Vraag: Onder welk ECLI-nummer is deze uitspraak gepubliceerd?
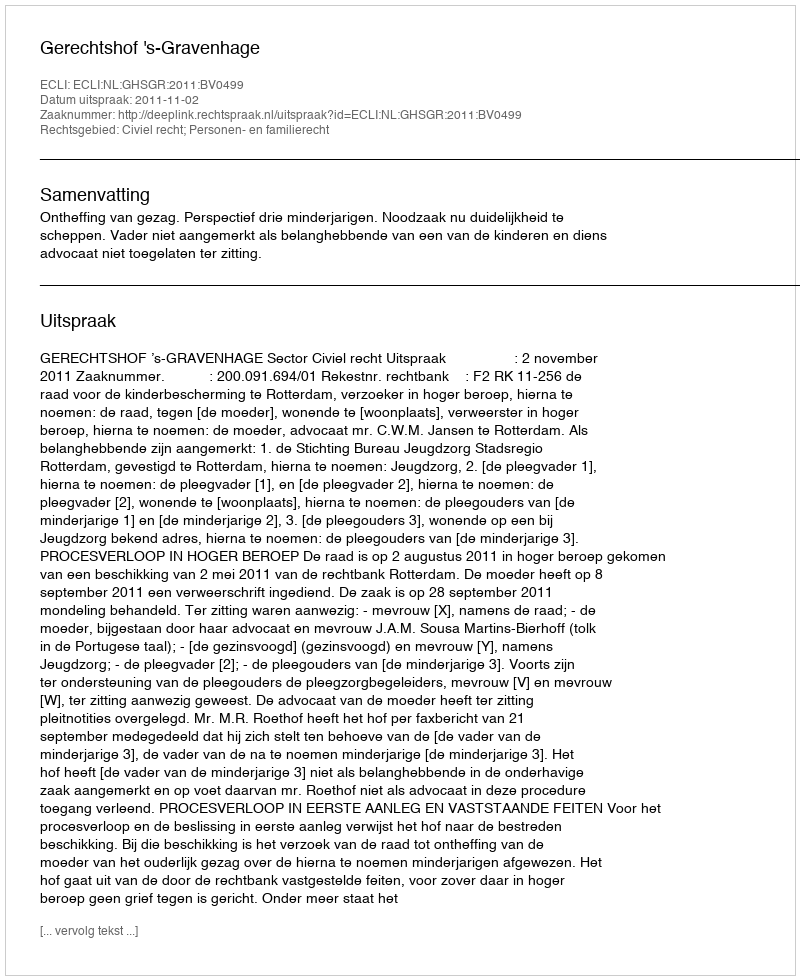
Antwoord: ECLI:NL:GHSGR:2011:BV0499